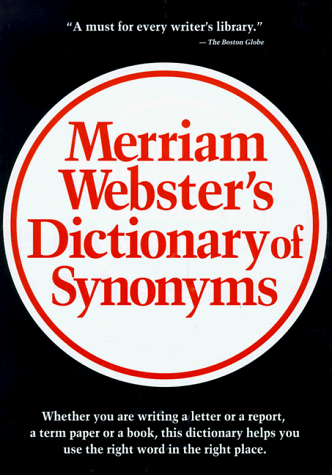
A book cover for Merriam-Webster Dictionary of Synonyms; Merriam-Webster; Reference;